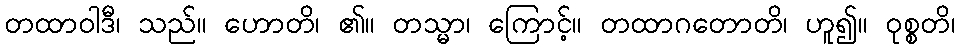
တထာဝါဒီ၊ သည်။ ဟောတိ၊ ၏။ တသ္မာ၊ ကြောင့်။ တထာဂတောတိ၊ ဟူ၍။ ဝုစ္စတိ၊